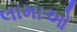
લામાઓ